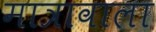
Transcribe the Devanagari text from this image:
मात्रावाला